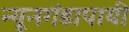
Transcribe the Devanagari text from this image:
न्यूनगंडापायी